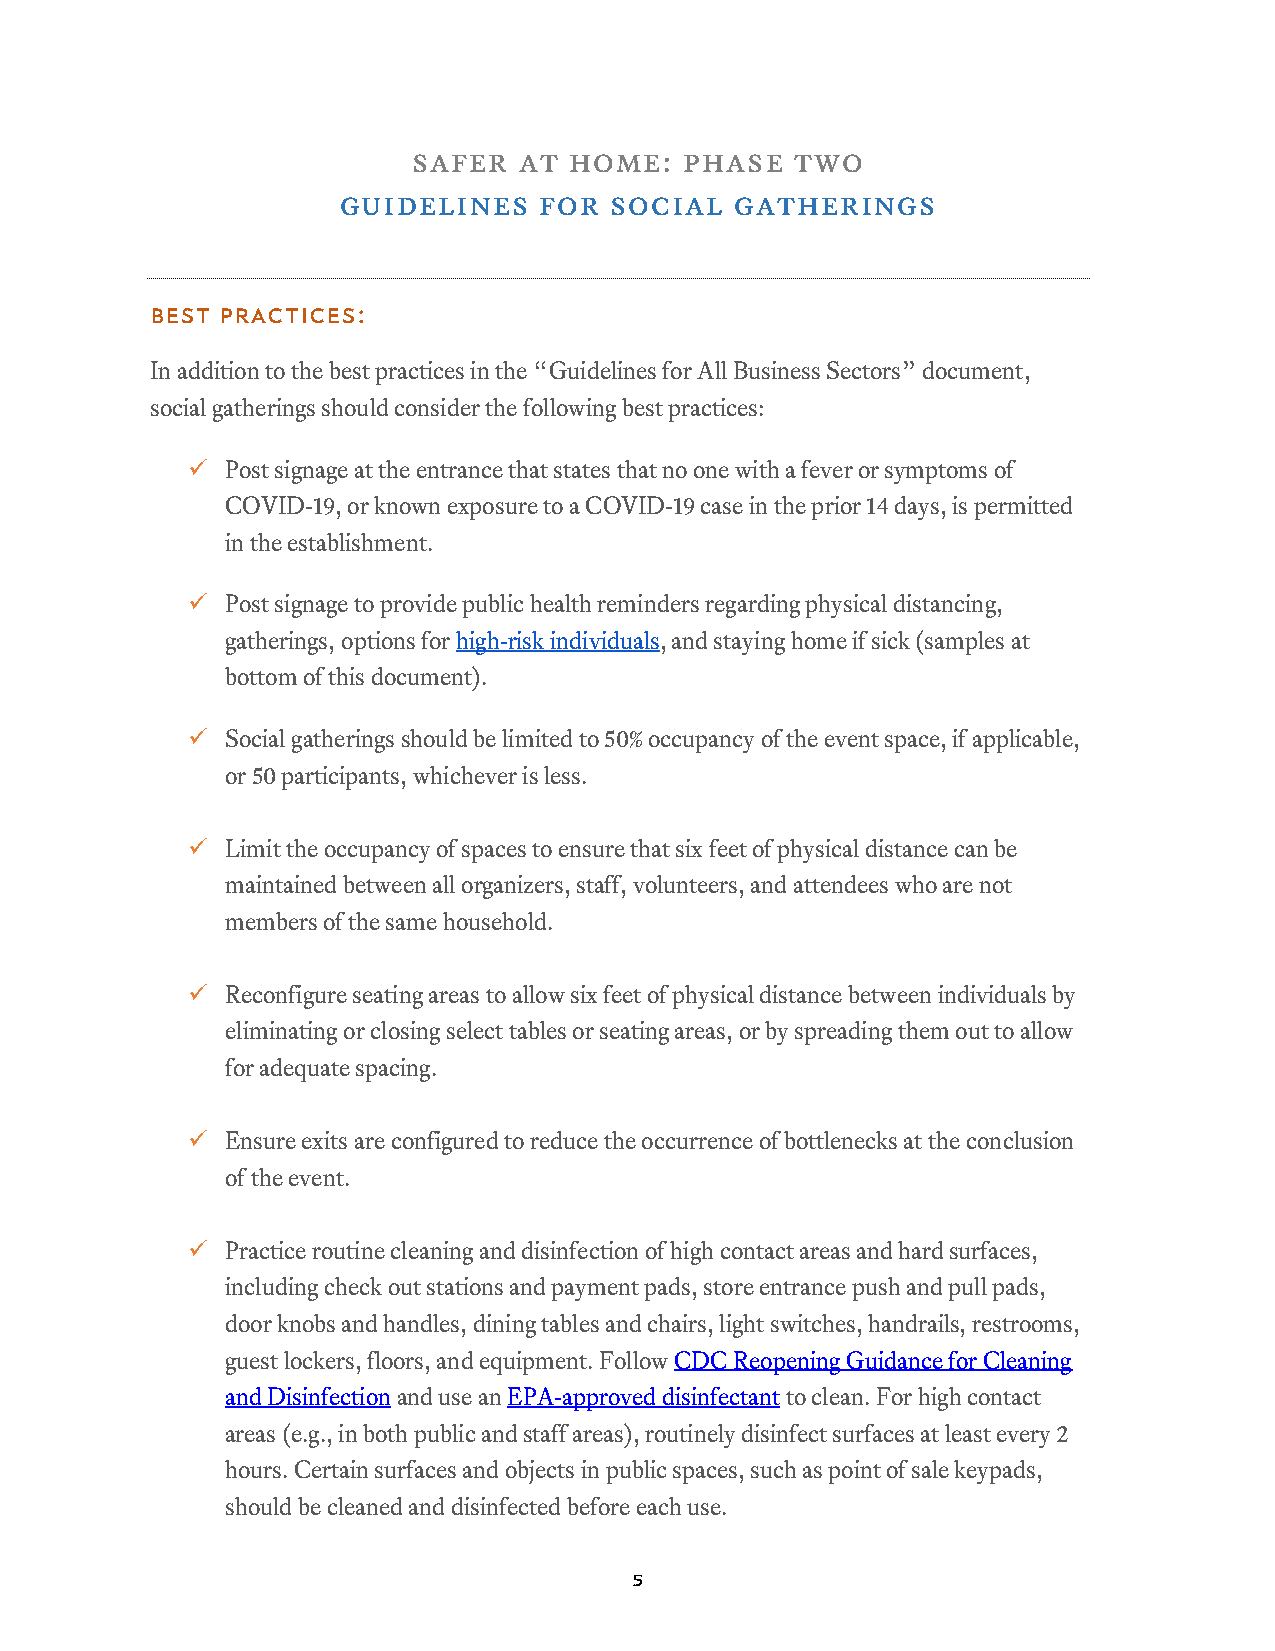
safer  at  home:  phase   two
 guidelines    for social   gatherings
 Best practices:
 In addition to the best practices in the “Guidelines for All Business Sectors” document,
 social gatherings should consider the following best practices:
   Post signage at the entrance that states that no one with a fever or symptoms of
 COVID-19, or known exposure to a COVID-19 case in the prior 14 days, is permitted
 in the establishment.
   Post signage to provide public health reminders regarding physical distancing,
 gatherings, options for high-risk individuals, and staying home if sick (samples at
 bottom of this document).
   Social gatherings should be limited to 50% occupancy of the event space, if applicable,
 or 50 participants, whichever is less.
   Limit the occupancy of spaces to ensure that six feet of physical distance can be
 maintained between all organizers, staff, volunteers, and attendees who are not
 members of the same household.
   Reconfigure seating areas to allow six feet of physical distance between individuals by
 eliminating or closing select tables or seating areas, or by spreading them out to allow
 for adequate spacing.
   Ensure exits are configured to reduce the occurrence of bottlenecks at the conclusion
 of the event.
   Practice routine cleaning and disinfection of high contact areas and hard surfaces,
 including check out stations and payment pads, store entrance push and pull pads,
 door knobs and handles, dining tables and chairs, light switches, handrails, restrooms,
 guest lockers, floors, and equipment. Follow CDC Reopening Guidance for Cleaning
 and Disinfection and use an EPA-approved disinfectant to clean. For high contact
 areas (e.g., in both public and staff areas), routinely disinfect surfaces at least every 2
 hours. Certain surfaces and objects in public spaces, such as point of sale keypads,
 should be cleaned and disinfected before each use.
 5